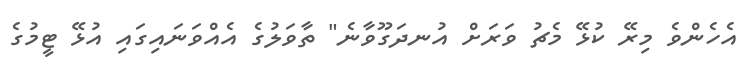
އެހެންވެ މިރޭ ކުޅޭ މެޗު ވަރަށް އުނދަގޫވާނެ" ތާވަލުގެ އެއްވަނައިގައި އުޅޭ ޓީމުގެ